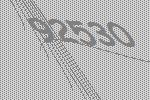
92530